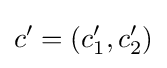
c'=(c'_{1},c'_{2})